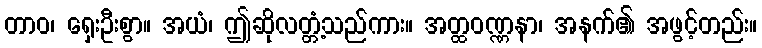
တာဝ၊ ရှေးဦးစွာ။ အယံ၊ ဤဆိုလတ္တံ့သည်ကား။ အတ္ထဝဏ္ဏနာ၊ အနက်၏ အဖွင့်တည်း။